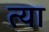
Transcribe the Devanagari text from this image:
त्या